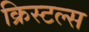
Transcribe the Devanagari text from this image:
क्रिस्टल्स